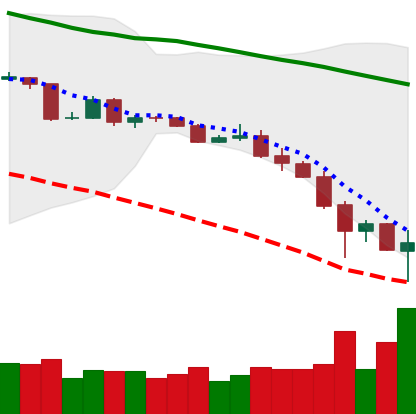
Ticker: BTC-USD
Chart end date: 2019-11-25
Forward return: 5.926%
Label: up_5_7